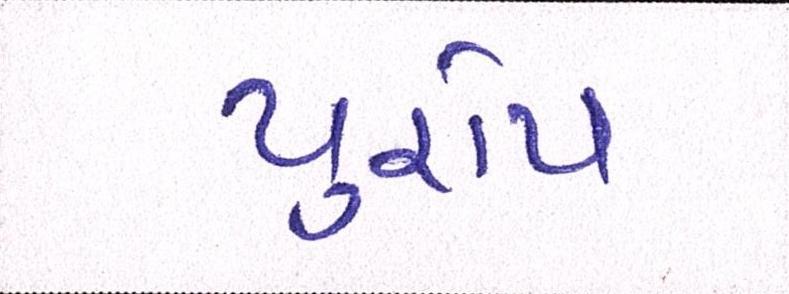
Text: યુરોપ